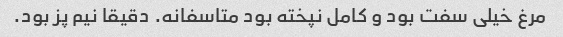
مرغ خیلی سفت بود و کامل نپخته بود متاسفانه. دقیقا نیم پز بود.